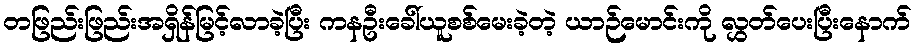
တဖြည်းဖြည်းအရှိန်မြင့်လာခဲ့ပြီး ကနဦးခေါ်ယူစစ်မေးခဲ့တဲ့ ယာဉ်မောင်းကို လွှတ်ပေးပြီးနောက်